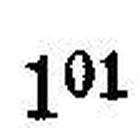
101